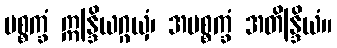
ပစ္စက္ခံ ဣန္ဒြိယဂ္ဂယှံ၊ အပစ္စက္ခံ အတိန္ဒြိယံ။